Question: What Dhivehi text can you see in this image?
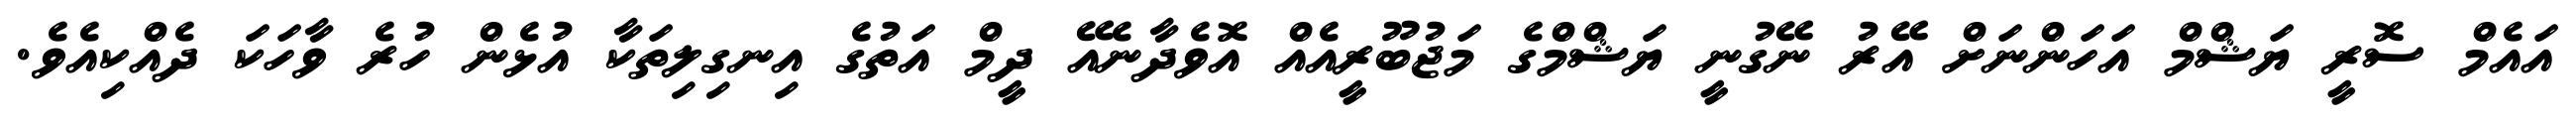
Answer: އައެމް ސޮރީ ޔަޝްމް އަހަންނަށް އޭރު ނޭގުނީ ޔަޝްމްގެ މަޖުބޫރީއެއް އޮވެދާނެއޭ ދީމް އަތުގެ އިނގިލިތަކާ އުޅެން ހުރެ ވާހަކަ ދެއްކިއެވެ.